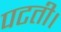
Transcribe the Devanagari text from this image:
पटती।